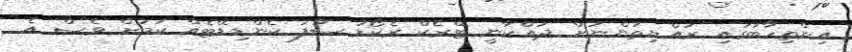
އިންތިހާބުގައި ރައްޔިތުންނަށް ދައްކާނީ ޓްރެކް ރެކޯޑު ސާފު ކެންޑިޑޭޓެއް ކަމަށް ވެސް އެ